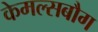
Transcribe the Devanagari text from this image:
केमल्सबौग